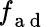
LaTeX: \textbf{\textit{f}}_{\mathrm{~a~d~}}